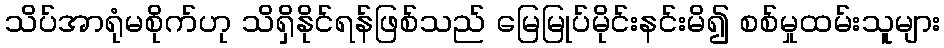
သိပ်အာရုံမစိုက်ဟု သိရှိနိုင်ရန်ဖြစ်သည် မြေမြုပ်မိုင်းနင်းမိ၍ စစ်မှုထမ်းသူများ